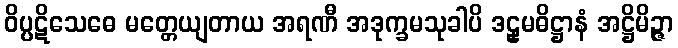
ဝိပ္ပဋိသေဓေ မတ္တေယျတာယ အရဏီ အဒုက္ခမသုခါပိ ဒဠှမဓိဋ္ဌာနံ အဋ္ဌိမိဉ္ဇာ